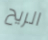
الريح